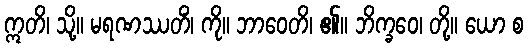
ဣတိ၊ သို့။ မရဏဿတိံ၊ ကို။ ဘာဝေတိ၊ ၏။ ဘိက္ခဝေ၊ တို့။ ယော စ